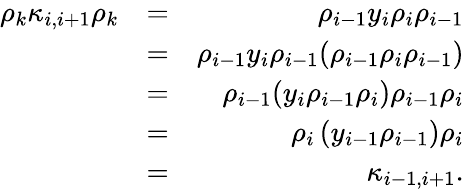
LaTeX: \begin{array}{rlr}{\rho_{k}\kappa_{i,i+1}\rho_{k}}&{=}&{\rho_{i-1}y_{i}\rho_{i}\rho_{i-1}}\\ &{=}&{\rho_{i-1}y_{i}\rho_{i-1}(\rho_{i-1}\rho_{i}\rho_{i-1})}\\ &{=}&{\rho_{i-1}(y_{i}\rho_{i-1}\rho_{i})\rho_{i-1}\rho_{i}}\\ &{=}&{\rho_{i}\left(y_{i-1}\rho_{i-1}\right)\rho_{i}}\\ &{=}&{\kappa_{i-1,i+1}.}\end{array}